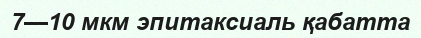
7—10 мкм эпитаксиаль қабатта